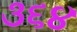
૩૬૪